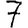
Digit: 7